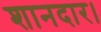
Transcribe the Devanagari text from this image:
शानदार।